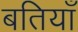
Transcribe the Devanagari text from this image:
बतियाँ